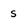
Character: 5